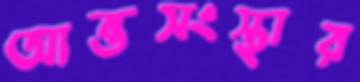
আন্তসংস্থার